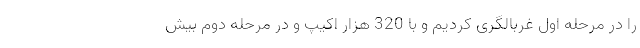
را در مرحله اول غربالگری کردیم و با 320 هزار اکیپ و در مرحله دوم بیش